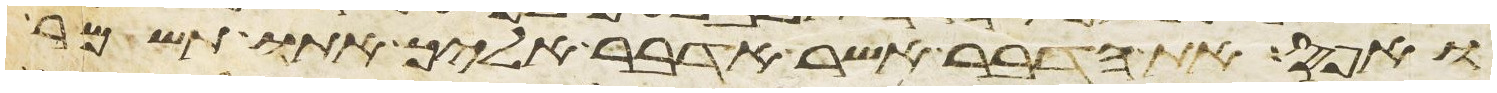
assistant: ואפס את הדבר אשר אדבר אליך אתו תשמר